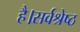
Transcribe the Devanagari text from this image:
है।सर्वश्रेष्ठ